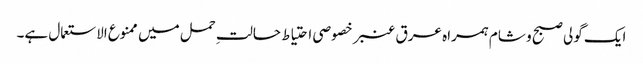
ایک گولی صبح و شام ہمراہ عرق عنبر خصوصی احتیاط حالتِ حمل میں ممنوع الاستعمال ہے۔